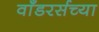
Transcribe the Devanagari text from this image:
वाँडरर्सच्या